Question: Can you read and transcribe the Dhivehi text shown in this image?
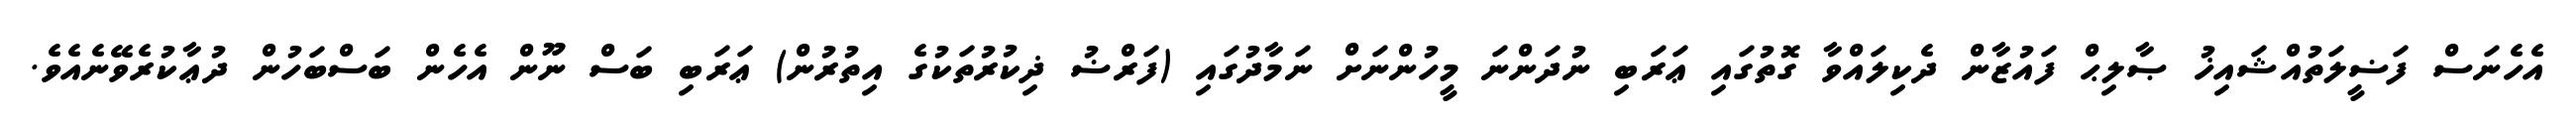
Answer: އެހެނަސް ފަޟީލަތުއްޝައިޚު ޞާލިޙް ފައުޒާން ދެކިލައްވާ ގޮތުގައި ޢަރަބި ނުދަންނަ މީހުންނަށް ނަމާދުގައި (ފަރްޟު ޛިކުރުތަކުގެ އިތުރުން) ޢަރަބި ބަސް ނޫން އެހެން ބަސްބަހުން ދުޢާކުރެވޭނެއެވެ.